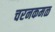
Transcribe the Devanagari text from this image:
चरनकमळ